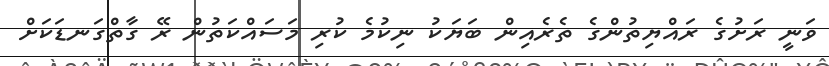
ވަނީ ރަށުގެ ރައްޔިތުންގެ ތެރެއިން ބަޔަކު ނިކުމެ ކުރި މަސައްކަތުން ރޭ ގާތްގަނޑަކަށް